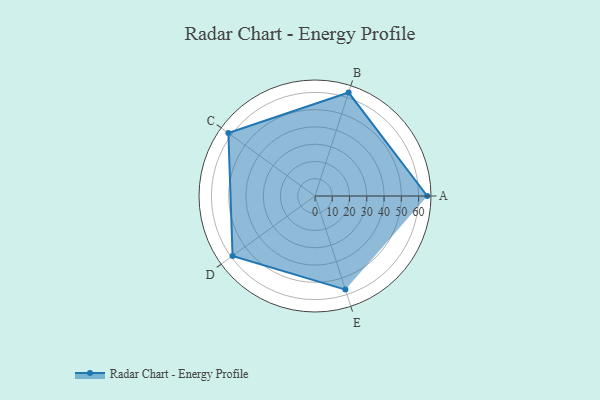
{"axis": {"x": "Skill", "y": "Score"}, "legend": ["Profile"], "data": [{"x": "A", "y": 65.0, "type": "Profile"}, {"x": "B", "y": 63.0, "type": "Profile"}, {"x": "C", "y": 62.0, "type": "Profile"}, {"x": "D", "y": 59.0, "type": "Profile"}, {"x": "E", "y": 57.0, "type": "Profile"}]}